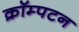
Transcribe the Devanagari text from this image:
क्रॉम्पटन